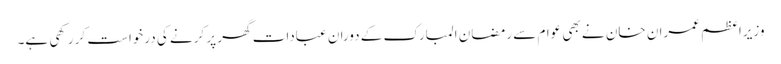
وزیراعظم عمران خان نے بھی عوام سے رمضان المبارک کے دوران عبادات گھر پر کرنے کی درخواست کر رکھی ہے۔